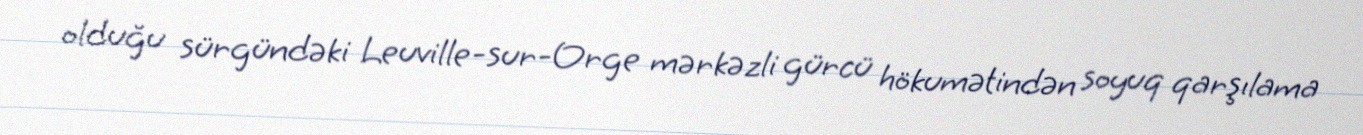
olduğu sürgündəki Leuville-sur-Orge mərkəzli gürcü hökumətindən soyuq qarşılama